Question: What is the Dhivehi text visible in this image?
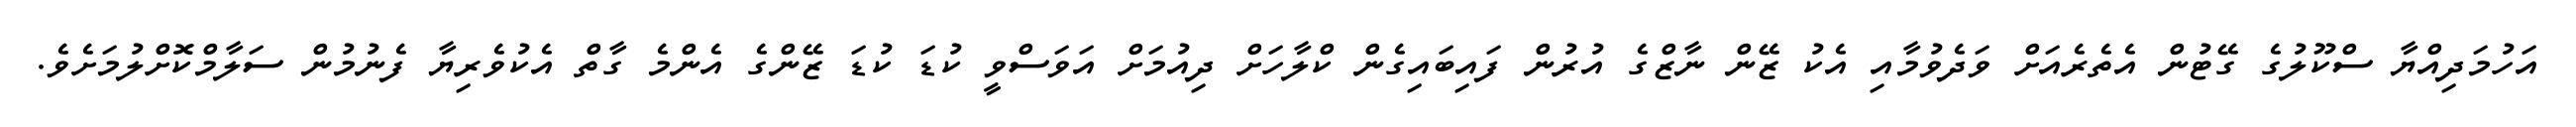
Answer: އަހުމަދިއްޔާ ސްކޫލުގެ ގޭޓުން އެތެރެއަށް ވަދެވުމާއި އެކު ޒޭން ނާޒްގެ އުރުން ފައިބައިގެން ކްލާހަށް ދިއުމަށް އަވަސްވީ ކުޑަ ކުޑަ ޒޭންގެ އެންމެ ގާތް އެކުވެރިޔާ ފެނުމުން ސަލާމްކޮށްލުމަށެވެ.